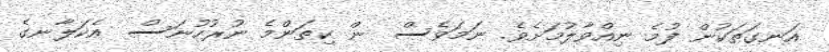
އަނގަތަކުން ފުމެ ނިއްވާލުމަށެވެ. ނަމަވެސް  ން ކިތަންމެ ނުރުހުނަސް  އެކަލާނގެ